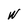
Character: W